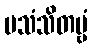
ပသံသိတဗ္ဗံ